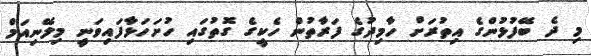
މި ދެ ބޭފުޅުންގެ އިތުރަށް ހާމިދުގެ ފަރާތުން ހެކީގެ ގޮތުގައި ހުށަހަޅާފައިވަނީ މިލޭނިއަމް